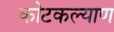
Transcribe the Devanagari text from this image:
कोटकल्याण